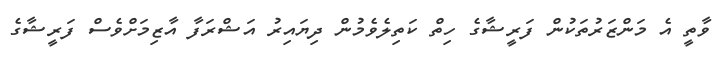
ވާތީ އެ މަންޒަރުތަކުން ފަރީޝާގެ ހިތް ކަތިލެވެމުން ދިޔައިރު އަޝްރަފާ އާޒިމަށްވެސް ފަރީޝާގެ